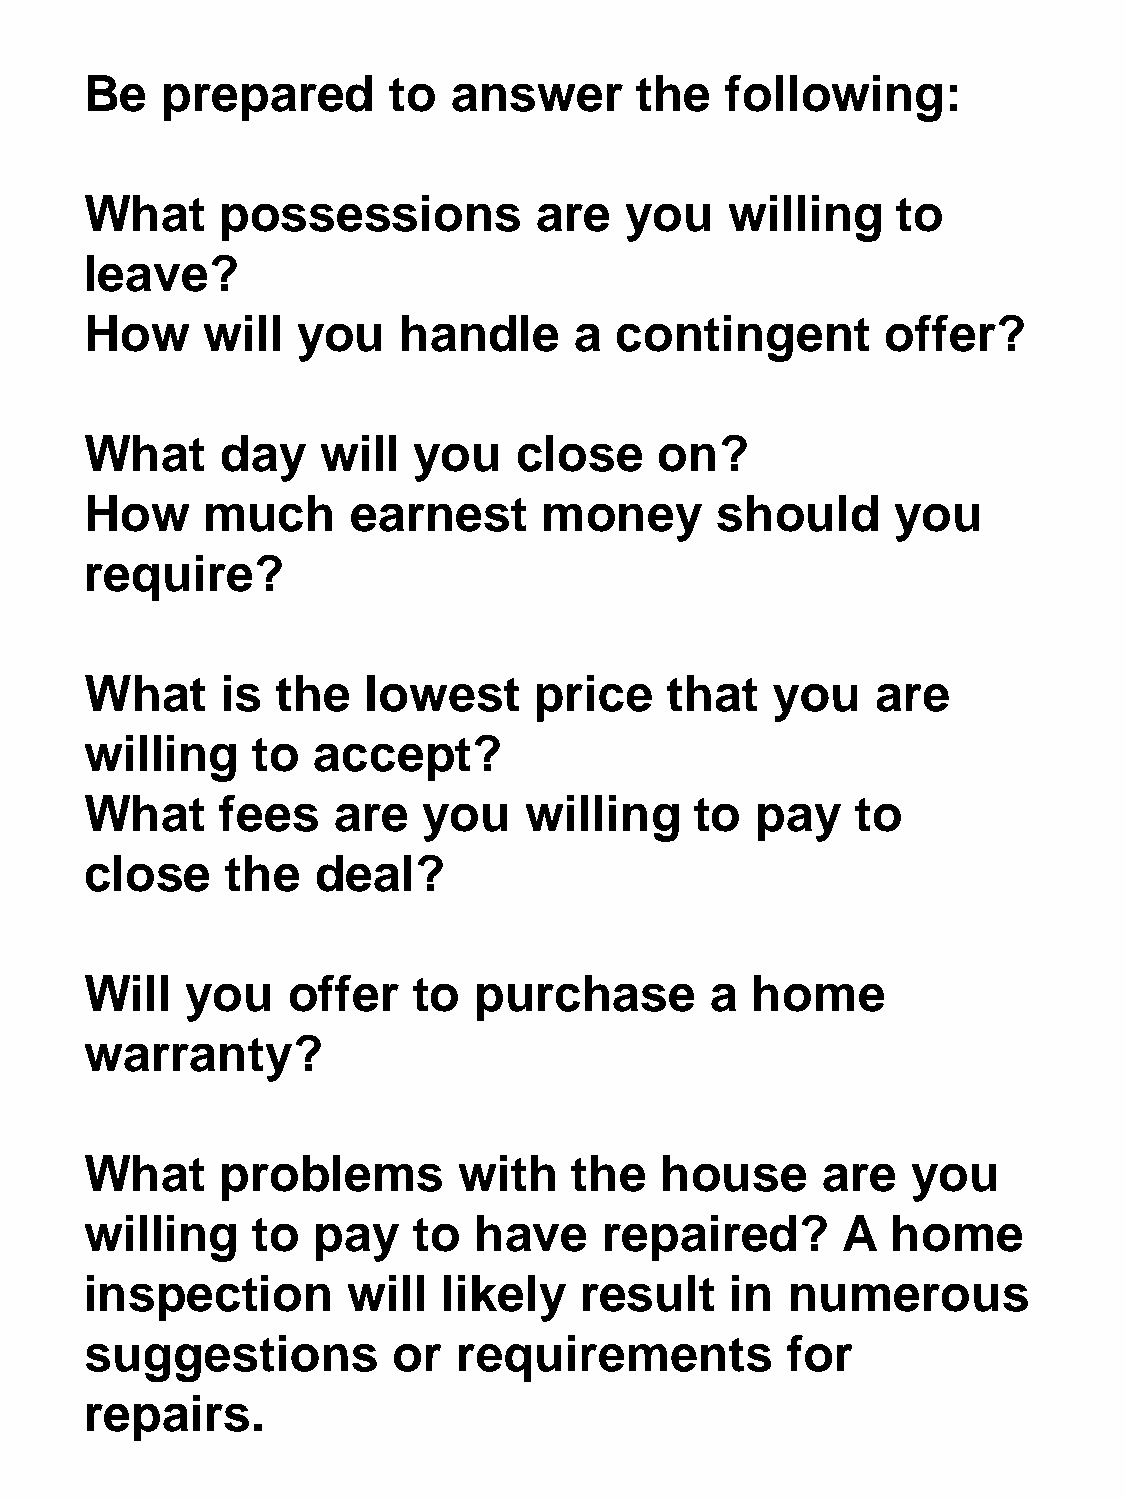
Be   prepared       to  answer      the   following:
 What     possessions          are  you    willing    to
 leave?
 How    will   you   handle      a  contingent        offer?
 What     day   will  you    close     on?
 How    much      earnest      money      should      you
 require?
 What     is the   lowest     price    that   you    are
 willing    to  accept?
 What     fees   are   you    willing    to  pay    to
 close    the   deal?
 Will  you    offer   to  purchase        a  home
 warranty?
 What     problems       with    the   house     are   you
 willing    to  pay   to  have     repaired?       A  home
 inspection       will  likely   result    in  numerous
 suggestions         or  requirements          for
 repairs.